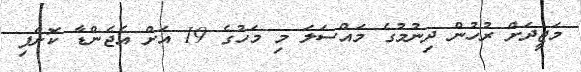
މަޖީދަށް ރުހުން ދިނުމުގެ މައްސަލަ މި މަހުގެ 19 އަށް އެޖެންޑާ ކޮށްފި